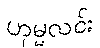
ဟုမ္မလင်း